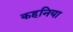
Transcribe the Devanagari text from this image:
कहनिया